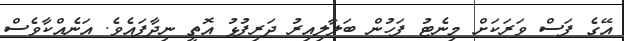
އޭގެ ފަސް ވަރަކަށް މިނެޓު ފަހުން ބަލާލިއިރު ދަރިފުޅު އޮތީ ނިދާފައެވެ. އަނެއްކާވެސް